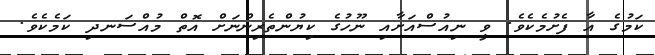
ކަމުގެ އާ ފެށުމެކެވެ. ވީ ނިއުސްއަށާއި ނޫހުގެ ކިޔުންތެރިންނަށް އޮތް މުއްސަނދި ކަމެކެވެ.